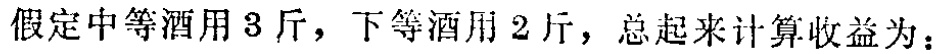
假定中等酒用3斤，下等酒用2斤，总起来计算收益为：